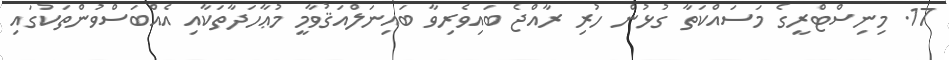
17. މިނިސްޓްރީގެ މަސައްކަތާ ގުޅުން ހުރި ރާއްޖެ ބައިވެރިވާ ބައިނަލްއަޤުވާމީ މުޢާހަދާތަކާއި އެއްބަސްވުންތަކުގައި